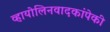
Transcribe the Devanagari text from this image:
व्हायोलिनवादकांपेकी